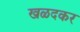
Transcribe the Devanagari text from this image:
खळदकर